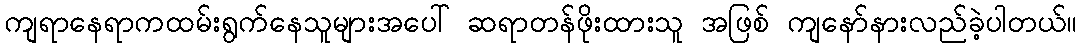
ကျရာနေရာကထမ်းရွက်နေသူများအပေါ် ဆရာတန်ဖိုးထားသူ အဖြစ် ကျနော်နားလည်ခဲ့ပါတယ်။